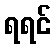
ရရင်